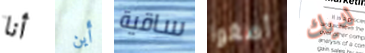
أنا أين ساقية أصغوا لديك